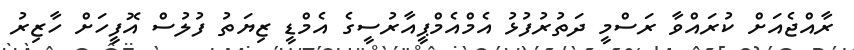
ރާއްޖެއަށް ކުރައްވާ ރަސްމީ ދަތުރުފުޅު އެމްއެމްޕީއާރުސީގެ އެމްޑީ ޒިޔަތު ފުލުސް އޮފީހަށް ހާޒިރު